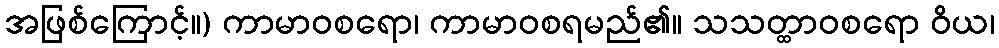
အဖြစ်ကြောင့်။) ကာမာဝစရော၊ ကာမာဝစရမည်၏။ သသတ္ထာဝစရော ဝိယ၊